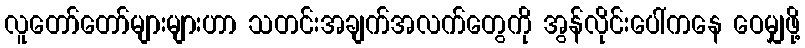
လူတော်တော်များများဟာ သတင်းအချက်အလက်တွေကို အွန်လိုင်းပေါ်ကနေ ဝေမျှဖို့